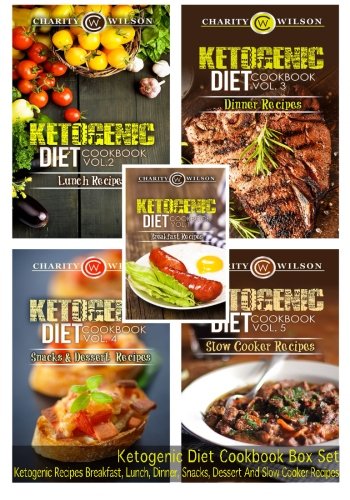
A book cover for Ketogenic Diet Cookbook Box Set: Ketogenic Recipes Breakfast, Lunch, Dinner, Snacks, Dessert And Slow Cooker Recipes; Charity Wilson; Cookbooks, Food & Wine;